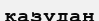
қазудан